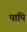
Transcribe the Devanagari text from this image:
पापि